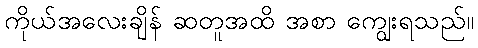
ကိုယ်အလေးချိန် ဆတူအထိ အစာ ကျွေးရသည်။